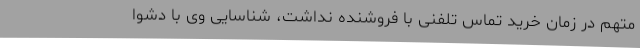
متهم در زمان خرید تماس تلفنی با فروشنده نداشت، شناسایی وی با دشوا